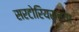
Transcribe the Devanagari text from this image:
सरटोरियसच्या